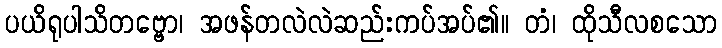
ပယိရုပါသိတဗ္ဗော၊ အဖန်တလဲလဲဆည်းကပ်အပ်၏။ တံ၊ ထိုသီလစသော